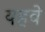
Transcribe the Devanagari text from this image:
यहवे